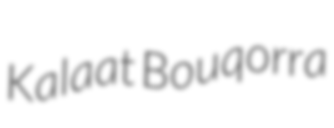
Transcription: Kalaat Bouqorra